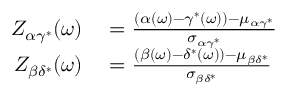
\begin{array} { r l } { Z _ { \alpha \gamma ^ { * } } ( \omega ) } & { { } = \frac { ( \alpha ( \omega ) - \gamma ^ { * } ( \omega ) ) - \mu _ { \alpha \gamma ^ { * } } } { \sigma _ { \alpha \gamma ^ { * } } } } \\ { Z _ { \beta \delta ^ { * } } ( \omega ) } & { { } = \frac { ( \beta ( \omega ) - \delta ^ { * } ( \omega ) ) - \mu _ { \beta \delta ^ { * } } } { \sigma _ { \beta \delta ^ { * } } } } \end{array}